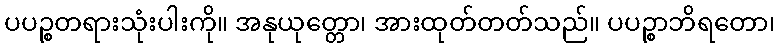
ပပဉ္စတရားသုံးပါးကို။ အနုယုတ္တော၊ အားထုတ်တတ်သည်။ ပပဉ္စာဘိရတော၊